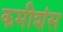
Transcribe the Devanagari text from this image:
कमीशंस